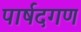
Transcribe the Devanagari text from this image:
पार्षदगण